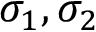
\sigma _ { 1 } , \sigma _ { 2 }